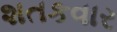
શતકવાર